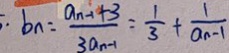
\cdot b _ { n } = \frac { a _ { n - 1 } + 3 } { 3 a _ { n - 1 } } = \frac { 1 } { 3 } + \frac { 1 } { a _ { n - 1 } }